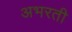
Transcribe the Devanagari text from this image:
अभरती